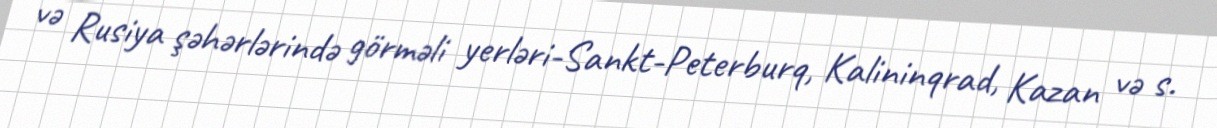
və Rusiya şəhərlərində görməli yerləri-Sankt-Peterburq, Kalininqrad, Kazan və s.